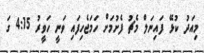
މިއަދު ކުޅޭ ފައިނަލް މެޗު ފެށުމަށް ހަމަޖެހިފައި ވަނީ ހަވީރު 4:15 ގަ